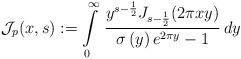
LaTeX: \begin{align*}\mathcal{J}_{p}(x,s):=\intop_{0}^{\infty}\,\frac{y^{s-\frac{1}{2}}J_{s-\frac{1}{2}}(2\pi xy)}{\sigma\left(y\right)e^{2\pi y}-1}\,dy\end{align*}